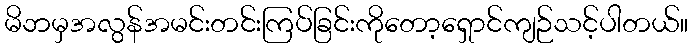
မိဘမှအလွန်အမင်းတင်းကြပ်ခြင်းကိုတော့ရှောင်ကျဉ်သင့်ပါတယ်။